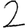
Digit: 2